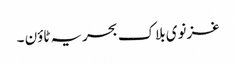
غزنوی بلاک بحریہ ٹاؤن ۔